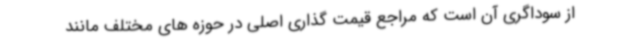
از سوداگری آن است که مراجع قیمت گذاری اصلی در حوزه های مختلف مانند